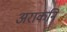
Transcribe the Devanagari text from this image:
अराकनि